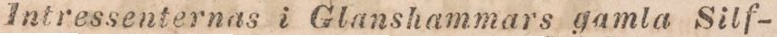
Intressenternas i Glanshammars gamla Silf-